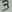
Text: 3